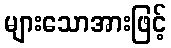
များသောအားဖြင့်